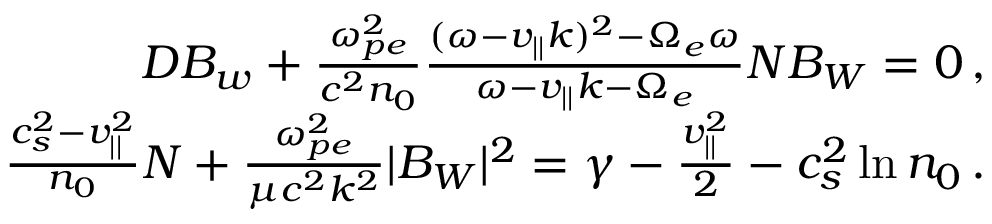
\begin{array} { r } { D B _ { w } + \frac { \omega _ { p e } ^ { 2 } } { c ^ { 2 } n _ { 0 } } \frac { ( \omega - v _ { | | } k ) ^ { 2 } - \Omega _ { e } \omega } { \omega - v _ { | | } k - \Omega _ { e } } N B _ { W } = 0 \, , } \\ { \frac { c _ { s } ^ { 2 } - v _ { | | } ^ { 2 } } { n _ { 0 } } N + \frac { \omega _ { p e } ^ { 2 } } { \mu c ^ { 2 } k ^ { 2 } } | B _ { W } | ^ { 2 } = \gamma - \frac { v _ { | | } ^ { 2 } } { 2 } - c _ { s } ^ { 2 } \ln n _ { 0 } \, . } \end{array}